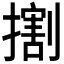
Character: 𢵷